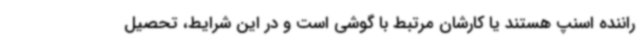
راننده اسنپ هستند یا کارشان مرتبط با گوشی است و در این شرایط، تحصیل